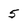
Character: 5